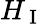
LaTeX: H_{\mathrm{~I~}}